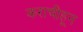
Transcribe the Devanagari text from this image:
कराचीहून